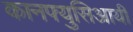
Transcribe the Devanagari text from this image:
कानफ्युसिआयी